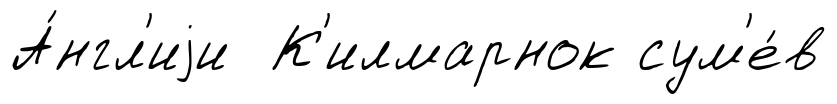
А́нгл'иjи К'илмарнок сум'е́в